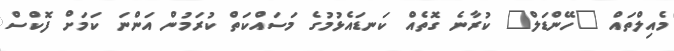
މެއިލްތައް "ހޭންޑަލް" ކުރާނެ ގޮތެއް ކަނޑައެޅުމުގެ މަސައްކަތް ކުރަމުން އަންނަ ކަމަށް ފޮކްސް